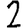
Digit: 2